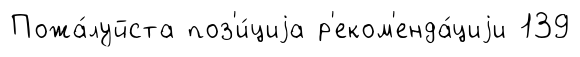
Пожа́луйста поз'и́циjа р'еком'енда́циjи 139